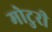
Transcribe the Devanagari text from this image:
मोटुरी